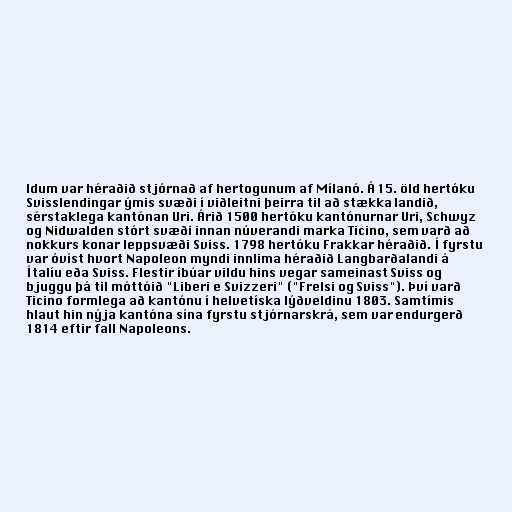
ldum var héraðið stjórnað af hertogunum af Mílanó. Á 15. öld hertóku
Svisslendingar ýmis svæði í viðleitni þeirra til að stækka landið,
sérstaklega kantónan Uri. Árið 1500 hertóku kantónurnar Uri, Schwyz
og Nidwalden stórt svæði innan núverandi marka Ticino, sem varð að
nokkurs konar leppsvæði Sviss. 1798 hertóku Frakkar héraðið. Í fyrstu
var óvíst hvort Napoleon myndi innlima héraðið Langbarðalandi á
Ítalíu eða Sviss. Flestir íbúar vildu hins vegar sameinast Sviss og
bjuggu þá til móttóið "Liberi e Svizzeri" ("Frelsi og Sviss"). Því varð
Ticino formlega að kantónu í helvetíska lýðveldinu 1803. Samtímis
hlaut hin nýja kantóna sína fyrstu stjórnarskrá, sem var endurgerð
1814 eftir fall Napoleons.